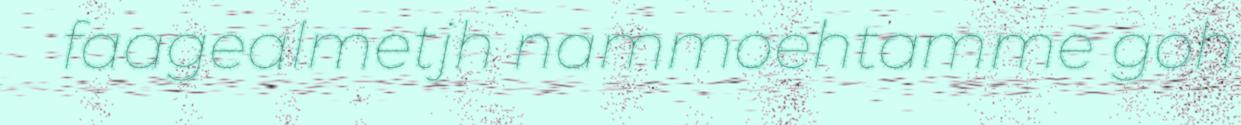
faagealmetjh nammoehtamme goh